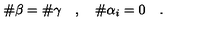
\# \beta = \# \gamma \quad , \quad \# \alpha _ { i } = 0 \quad .